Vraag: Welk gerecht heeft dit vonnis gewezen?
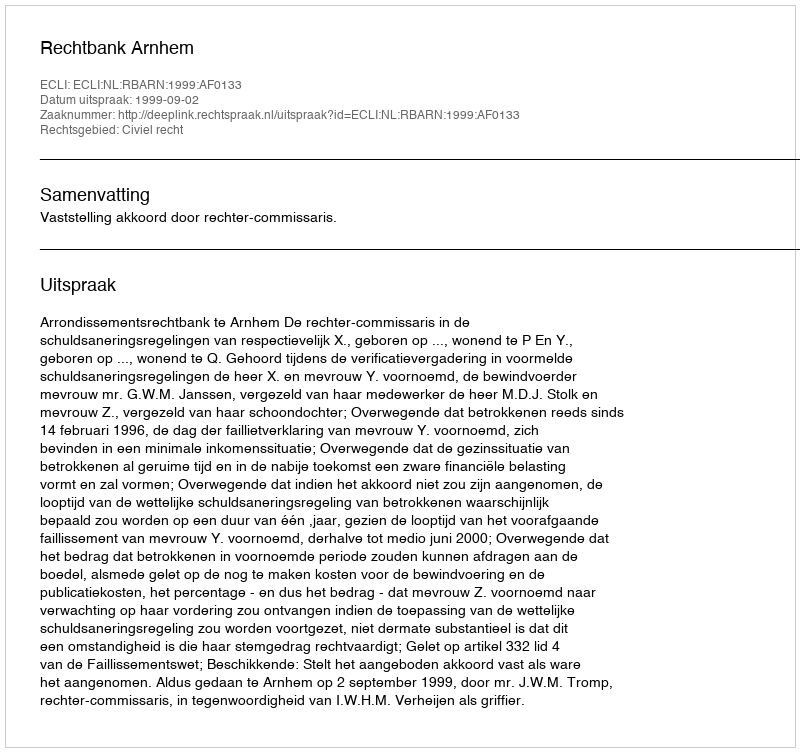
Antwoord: Rechtbank Arnhem